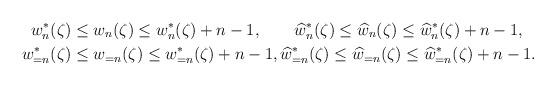
LaTeX: \begin{align*} w_{n}^{\ast}(\zeta)&\leq w_{n}(\zeta)\leq w_{n}^{\ast}(\zeta)+n-1, \qquad\widehat{w}_{n}^{\ast}(\zeta)\leq \widehat{w}_{n}(\zeta)\leq \widehat{w}_{n}^{\ast}(\zeta)+n-1, \\w_{=n}^{\ast}(\zeta)&\leq w_{=n}(\zeta)\leq w_{=n}^{\ast}(\zeta)+n-1, \widehat{w}_{=n}^{\ast}(\zeta)\leq \widehat{w}_{=n}(\zeta)\leq \widehat{w}_{=n}^{\ast}(\zeta)+n-1. \end{align*}